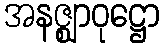
အနဇ္ဈာဝုဋ္ဌော